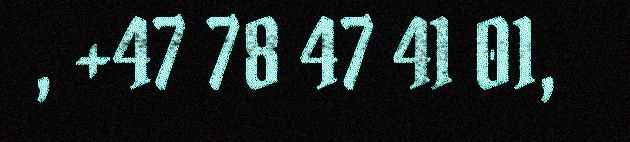
, +47 78 47 41 01,